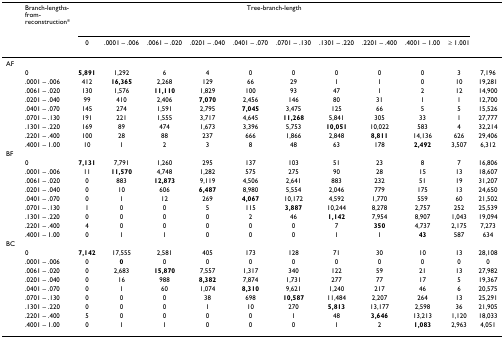
<table><thead><tr><td>[EMPTY_CELL]</td><td><b>Branch-lengths-from-reconstruction*</b></td><td colspan="10"><b>Tree-branch-length</b></td><td>[EMPTY_CELL]</td></tr><tr><td>[EMPTY_CELL]</td><td>[EMPTY_CELL]</td><td><b>0</b></td><td><b>.0001 – .006</b></td><td><b>.0061 – .020</b></td><td><b>.0201 – .040</b></td><td><b>.0401 – .070</b></td><td><b>.0701 – .130</b></td><td><b>.1301 – .220</b></td><td><b>.2201 – .400</b></td><td><b>.4001 – 1.00</b></td><td><b>≥ 1.001</b></td><td>[EMPTY_CELL]</td></tr></thead><tbody><tr><td>AF</td><td>[EMPTY_CELL]</td><td>[EMPTY_CELL]</td><td>[EMPTY_CELL]</td><td>[EMPTY_CELL]</td><td>[EMPTY_CELL]</td><td>[EMPTY_CELL]</td><td>[EMPTY_CELL]</td><td>[EMPTY_CELL]</td><td>[EMPTY_CELL]</td><td>[EMPTY_CELL]</td><td>[EMPTY_CELL]</td><td>[EMPTY_CELL]</td></tr><tr><td>[EMPTY_CELL]</td><td>0</td><td><b>5,891</b></td><td>1,292</td><td>6</td><td>4</td><td>0</td><td>0</td><td>0</td><td>0</td><td>0</td><td>3</td><td>7,196</td></tr><tr><td>[EMPTY_CELL]</td><td>.0001 – .006</td><td>412</td><td><b>16,365</b></td><td>2,268</td><td>129</td><td>66</td><td>29</td><td>1</td><td>1</td><td>0</td><td>10</td><td>19,281</td></tr><tr><td>[EMPTY_CELL]</td><td>.0061 – .020</td><td>130</td><td>1,576</td><td><b>11,110</b></td><td>1,829</td><td>100</td><td>93</td><td>47</td><td>1</td><td>2</td><td>12</td><td>14,900</td></tr><tr><td>[EMPTY_CELL]</td><td>.0201 – .040</td><td>99</td><td>410</td><td>2,406</td><td><b>7,070</b></td><td>2,456</td><td>146</td><td>80</td><td>31</td><td>1</td><td>1</td><td>12,700</td></tr><tr><td>[EMPTY_CELL]</td><td>.0401 – .070</td><td>145</td><td>274</td><td>1,591</td><td>2,795</td><td><b>7,045</b></td><td>3,475</td><td>125</td><td>66</td><td>5</td><td>5</td><td>15,526</td></tr><tr><td>[EMPTY_CELL]</td><td>.0701 – .130</td><td>191</td><td>221</td><td>1,555</td><td>3,717</td><td>4,645</td><td><b>11,268</b></td><td>5,841</td><td>305</td><td>33</td><td>1</td><td>27,777</td></tr><tr><td>[EMPTY_CELL]</td><td>.1301 – .220</td><td>169</td><td>89</td><td>474</td><td>1,673</td><td>3,396</td><td>5,753</td><td><b>10,051</b></td><td>10,022</td><td>583</td><td>4</td><td>32,214</td></tr><tr><td>[EMPTY_CELL]</td><td>.2201 – .400</td><td>100</td><td>28</td><td>88</td><td>237</td><td>666</td><td>1,866</td><td>2,848</td><td><b>8,811</b></td><td>14,136</td><td>626</td><td>29,406</td></tr><tr><td>[EMPTY_CELL]</td><td>.4001 – 1.00</td><td>10</td><td>1</td><td>2</td><td>3</td><td>8</td><td>48</td><td>63</td><td>178</td><td><b>2,492</b></td><td>3,507</td><td>6,312</td></tr><tr><td>BF</td><td>[EMPTY_CELL]</td><td>[EMPTY_CELL]</td><td>[EMPTY_CELL]</td><td>[EMPTY_CELL]</td><td>[EMPTY_CELL]</td><td>[EMPTY_CELL]</td><td>[EMPTY_CELL]</td><td>[EMPTY_CELL]</td><td>[EMPTY_CELL]</td><td>[EMPTY_CELL]</td><td>[EMPTY_CELL]</td><td>[EMPTY_CELL]</td></tr><tr><td>[EMPTY_CELL]</td><td>0</td><td><b>7,131</b></td><td>7,791</td><td>1,260</td><td>295</td><td>137</td><td>103</td><td>51</td><td>23</td><td>8</td><td>7</td><td>16,806</td></tr><tr><td>[EMPTY_CELL]</td><td>.0001 – .006</td><td>11</td><td><b>11,570</b></td><td>4,748</td><td>1,282</td><td>575</td><td>275</td><td>90</td><td>28</td><td>15</td><td>13</td><td>18,607</td></tr><tr><td>[EMPTY_CELL]</td><td>.0061 – .020</td><td>0</td><td>883</td><td><b>12,873</b></td><td>9,119</td><td>4,506</td><td>2,641</td><td>883</td><td>232</td><td>51</td><td>19</td><td>31,207</td></tr><tr><td>[EMPTY_CELL]</td><td>.0201 – .040</td><td>0</td><td>10</td><td>606</td><td><b>6,487</b></td><td>8,980</td><td>5,554</td><td>2,046</td><td>779</td><td>175</td><td>13</td><td>24,650</td></tr><tr><td>[EMPTY_CELL]</td><td>.0401 – .070</td><td>0</td><td>1</td><td>12</td><td>269</td><td><b>4,067</b></td><td>10,172</td><td>4,592</td><td>1,770</td><td>559</td><td>60</td><td>21,502</td></tr><tr><td>[EMPTY_CELL]</td><td>.0701 – .130</td><td>1</td><td>0</td><td>0</td><td>5</td><td>115</td><td><b>3,887</b></td><td>10,244</td><td>8,278</td><td>2,757</td><td>252</td><td>25,539</td></tr><tr><td>[EMPTY_CELL]</td><td>.1301 – .220</td><td>0</td><td>0</td><td>0</td><td>0</td><td>2</td><td>46</td><td><b>1,142</b></td><td>7,954</td><td>8,907</td><td>1,043</td><td>19,094</td></tr><tr><td>[EMPTY_CELL]</td><td>.2201 – .400</td><td>4</td><td>0</td><td>0</td><td>0</td><td>0</td><td>0</td><td>7</td><td><b>350</b></td><td>4,737</td><td>2,175</td><td>7,273</td></tr><tr><td>[EMPTY_CELL]</td><td>.4001 – 1.00</td><td>0</td><td>1</td><td>1</td><td>0</td><td>0</td><td>0</td><td>1</td><td>1</td><td><b>43</b></td><td>587</td><td>634</td></tr><tr><td>BC</td><td>[EMPTY_CELL]</td><td>[EMPTY_CELL]</td><td>[EMPTY_CELL]</td><td>[EMPTY_CELL]</td><td>[EMPTY_CELL]</td><td>[EMPTY_CELL]</td><td>[EMPTY_CELL]</td><td>[EMPTY_CELL]</td><td>[EMPTY_CELL]</td><td>[EMPTY_CELL]</td><td>[EMPTY_CELL]</td><td>[EMPTY_CELL]</td></tr><tr><td>[EMPTY_CELL]</td><td>0</td><td><b>7,142</b></td><td>17,555</td><td>2,581</td><td>405</td><td>173</td><td>128</td><td>71</td><td>30</td><td>10</td><td>13</td><td>28,108</td></tr><tr><td>[EMPTY_CELL]</td><td>.0001 – .006</td><td>0</td><td><b>0</b></td><td>0</td><td>0</td><td>0</td><td>0</td><td>0</td><td>0</td><td>0</td><td>0</td><td>0</td></tr><tr><td>[EMPTY_CELL]</td><td>.0061 – .020</td><td>0</td><td>2,683</td><td><b>15,870</b></td><td>7,557</td><td>1,317</td><td>340</td><td>122</td><td>59</td><td>21</td><td>13</td><td>27,982</td></tr><tr><td>[EMPTY_CELL]</td><td>.0201 – .040</td><td>0</td><td>16</td><td>988</td><td><b>8,382</b></td><td>7,874</td><td>1,731</td><td>277</td><td>77</td><td>17</td><td>5</td><td>19,367</td></tr><tr><td>[EMPTY_CELL]</td><td>.0401 – .070</td><td>0</td><td>1</td><td>60</td><td>1,074</td><td><b>8,310</b></td><td>9,621</td><td>1,240</td><td>217</td><td>46</td><td>6</td><td>20,575</td></tr><tr><td>[EMPTY_CELL]</td><td>.0701 – .130</td><td>0</td><td>0</td><td>0</td><td>38</td><td>698</td><td><b>10,587</b></td><td>11,484</td><td>2,207</td><td>264</td><td>13</td><td>25,291</td></tr><tr><td>[EMPTY_CELL]</td><td>.1301 – .220</td><td>0</td><td>0</td><td>0</td><td>1</td><td>10</td><td>270</td><td><b>5,813</b></td><td>13,177</td><td>2,598</td><td>36</td><td>21,905</td></tr><tr><td>[EMPTY_CELL]</td><td>.2201 – .400</td><td>5</td><td>0</td><td>0</td><td>0</td><td>0</td><td>1</td><td>48</td><td><b>3,646</b></td><td>13,213</td><td>1,120</td><td>18,033</td></tr><tr><td>[EMPTY_CELL]</td><td>.4001 – 1.00</td><td>0</td><td>1</td><td>1</td><td>0</td><td>0</td><td>0</td><td>1</td><td>2</td><td><b>1,083</b></td><td>2,963</td><td>4,051</td></tr></tbody></table>